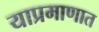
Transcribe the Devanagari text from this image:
याप्रमाणात